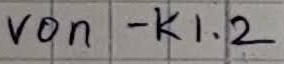
Text: von - K1.2